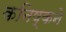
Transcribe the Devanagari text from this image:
कनिष्कने